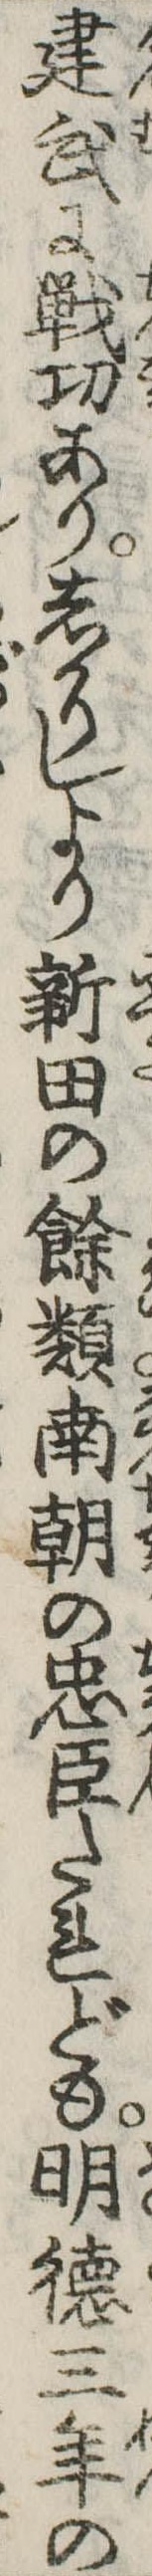
建武に戦功ありしかりしより新田の余類南朝の忠臣たれども明徳三年の